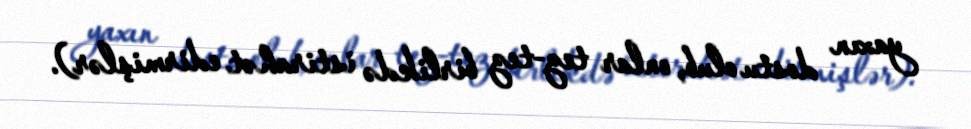
yaxın dostu olub, onlar tez-tez birlikdə istirahət edirmişlər).